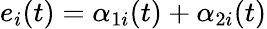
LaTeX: e_{i}(t)=\alpha_{1i}(t)+\alpha_{2i}(t)